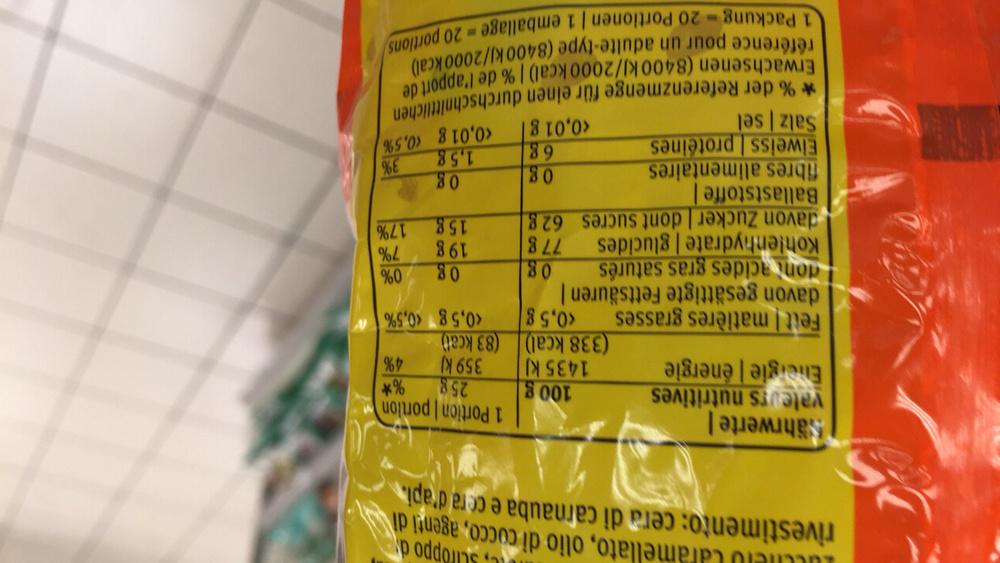
C, Sciroppo d Lucchero Caramellato, olio di cocco, agenti di rivestimento: cera di carnauba e cera d'api.
Sährwerte
valeurs nutritives
Energie énergie
100 g
1435 kJ
(338 kcal)
Fett matières grasses <0,5 g davon gesättigte Fettsäuren |
1 Portion | portion
%*
4%
25g
359 kJ
(83 kcal)
<0,5 g <0,5%
0g 0%
19 g
7%
15g
17%
0g
donacides gras saturés Kohlenhydrate | glucides
77 g
davon Zucker | dont sucres 62 g Ballaststoffe |
og
0g
3%
fibres alimentaires Eiweiss | protéines Salz | sel
68
1,58 <0,01 g <0,5%
<0,01 g
*% der Referenzmenge für einen durchschnittlichen Erwachsenen (8400 kJ/2000 kcal) | % de l'apport de référence pour un adulte-type (8400 kJ/2000 kcal) 1 Packung-20 Portionen | 1 emballage-20 portions